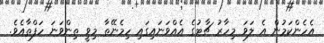
އެހެންކަމުން އެ ލަވަ މިހާރު ޗާޓުގެ އެއްވަނައިގައި ހިމެނޭތާ މިވީ ތިންވަނަ ހަފްތާއެވެ.